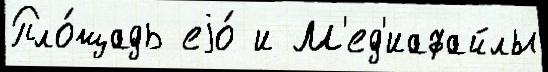
Пло́щадь еjо́ и М'ед'иафайлы